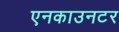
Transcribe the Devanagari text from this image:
एनकाउनटर